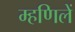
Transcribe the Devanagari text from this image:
म्हणिलें